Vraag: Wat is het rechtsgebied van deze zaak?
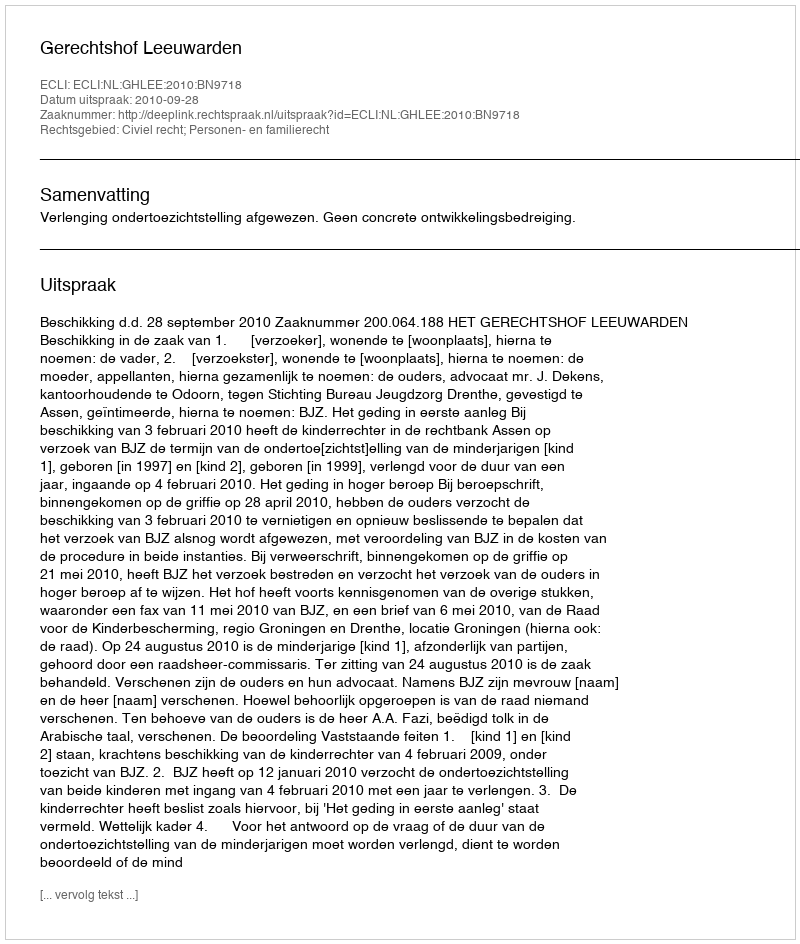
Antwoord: Civiel recht; Personen- en familierecht